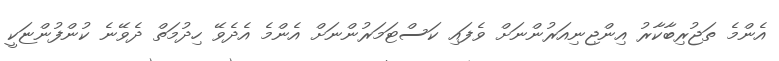
އެންމެ ތަޖުރިބާކާރު އިންޖިނިއަރުންނަށް ވެފައި ކަސްޓަމަރުންނަށް އެންމެ އެދެވޭ ހިދުމަތް ދެވޭނެ ކުންފުންޏަކީ